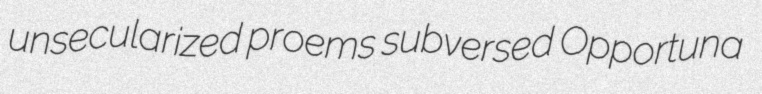
unsecularized proems subversed Opportuna